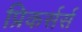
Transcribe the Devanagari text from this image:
प्रिकर्सर्स